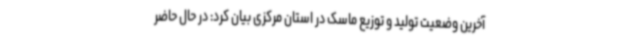
آخرین وضعیت تولید و توزیع ماسک در استان مرکزی بیان کرد: در حال حاضر